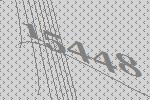
15448